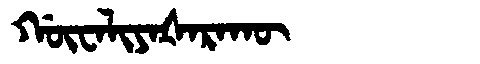
Manchu: ᡤᡡᠸᠠᠯᡳᠶᠠᡧᠠᡵᠠᡴᡡ
Romanization: GŪWALIYAŠARAKŪ